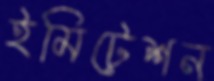
ইমিটেশন